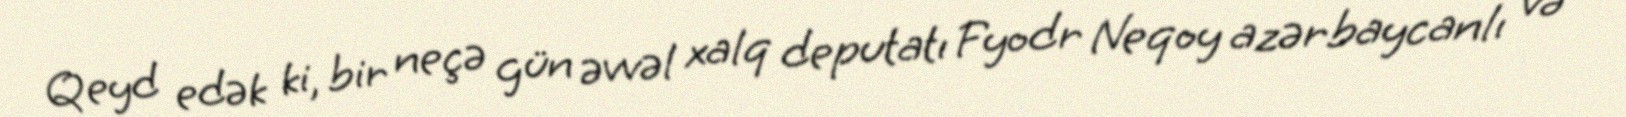
Qeyd edək ki, bir neçə gün əvvəl xalq deputatı Fyodr Neqoy azərbaycanlı və